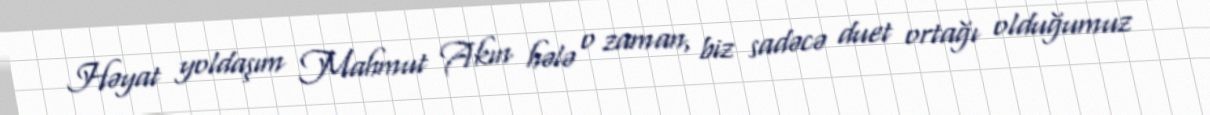
Həyat yoldaşım Mahmut Akın hələ o zaman, biz sadəcə duet ortağı olduğumuz